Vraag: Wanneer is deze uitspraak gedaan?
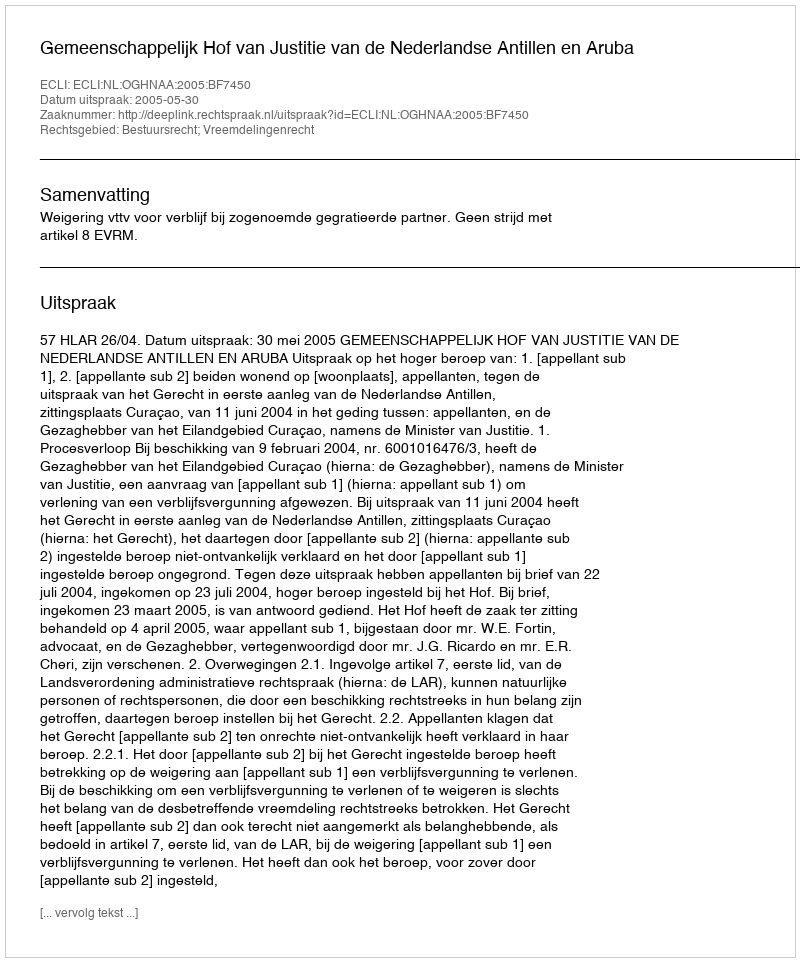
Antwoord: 2005-05-30